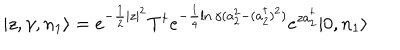
| z , \gamma , n _ { 1 } \rangle = e ^ { - \frac { 1 } { 2 } | z | ^ { 2 } } T ^ { \dagger } e ^ { - \frac { 1 } { 4 } \ln \gamma ( a _ { 2 } ^ { 2 } - ( a _ { 2 } ^ { \dagger } ) ^ { 2 } ) } e ^ { z a _ { 2 } ^ { \dagger } } | 0 , n _ { 1 } \rangle